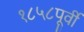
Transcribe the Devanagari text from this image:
१८५८पूर्वी